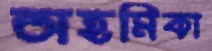
অহমিকা